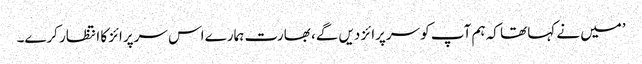
’میں نے کہا تھا کہ ہم آپ کو سرپرائز دیں گے، بھارت ہمارے اس سرپرائز کا انتظار کرے۔